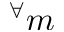
^ { \forall } m